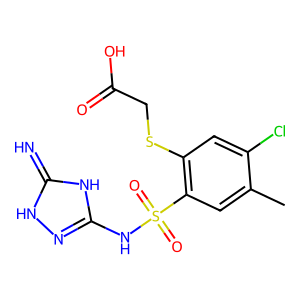
SMILES: Cc1cc(S(=O)(=O)Nc2n[nH]c(=N)[nH]2)c(SCC(=O)O)cc1Cl
Inhibits HIV replication: No